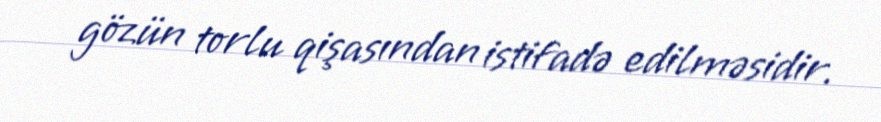
gözün torlu qişasından istifadə edilməsidir.